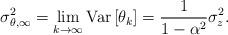
LaTeX: \begin{align*}\sigma_{\theta,\infty}^{2} = \lim_{k\rightarrow\infty} \operatorname{Var}\left[\theta_k\right] = \frac{1}{1-\alpha^2} \sigma_z^2.\end{align*}